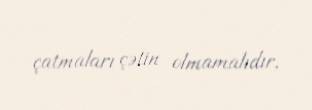
çatmaları çətin olmamalıdır.